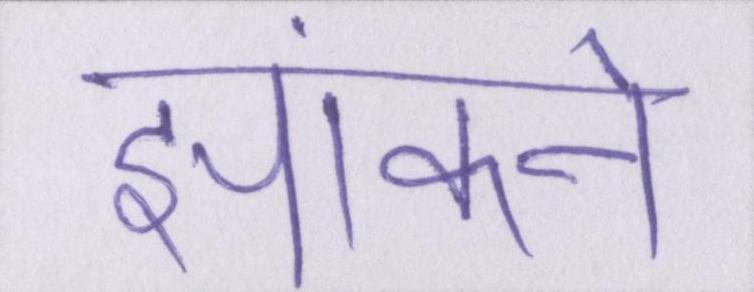
झांकने